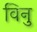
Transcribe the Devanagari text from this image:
विनु